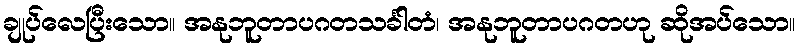
ချုပ်လေပြီးသော။ အနုဘူတာပဂတသင်္ခါတံ၊ အနုဘူတာပဂတဟု ဆိုအပ်သော။